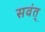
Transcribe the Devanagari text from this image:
सवंत्‌